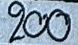
200